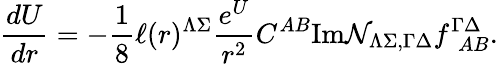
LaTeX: {\frac{dU}{dr}}=-{\frac{1}{8}}\ell(r)^{\Lambda\Sigma}{\frac{e^{U}}{r^{2}}}C^{AB}\mathrm{Im}{\cal N}_{\Lambda\Sigma,\Gamma\Delta}f_{~~AB}^{\Gamma\Delta}.